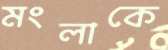
মংলাকে